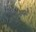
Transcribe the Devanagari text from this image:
स्तभेः